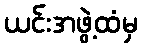
ယင်းအဖွဲ့ထံမှ